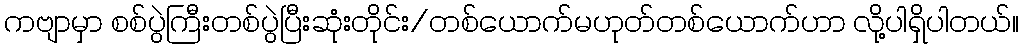
ကဗျာမှာ စစ်ပွဲကြီးတစ်ပွဲပြီးဆုံးတိုင်း/တစ်ယောက်မဟုတ်တစ်ယောက်ဟာ လို့ပါရှိပါတယ်။